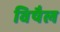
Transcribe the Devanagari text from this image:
विषैल